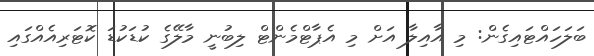
ބަލަހައްޓައިގެން: މި އާއިލާ އަށް މި އެޕާޓްމެންޓް ލިބުނީ މާލޭގެ ކުޑަކުޑަ ކޮޓަރިއެއްގައި